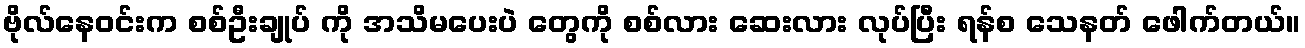
ဗိုလ်နေဝင်းက စစ်ဦးချုပ် ကို အသိမပေးပဲ တွေကို စစ်လား ဆေးလား လုပ်ပြီး ရန်စ သေနတ် ဖေါက်တယ်။